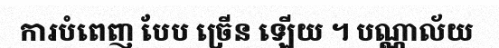
ការបំពេញ បែប ច្រើន ឡើយ ។ បណ្ណាល័យ